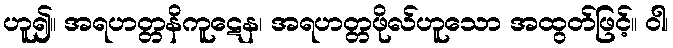
ဟူ၍။ အရဟတ္တနိကူဋေန၊ အရဟတ္တဖိုလ်ဟူသော အထွတ်ဖြင့်။ ဝါ၊